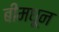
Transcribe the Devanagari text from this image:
बीमधून